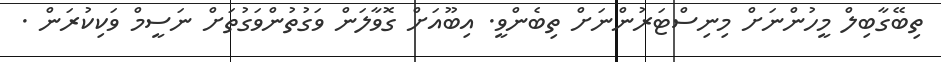
ތިބޭގާބިލް މީހުންނަށް މިނިސްޓަރުންނަށް ތިބެންވީ. އިބޫއަށް ގޮވާލަން ވަގުތުންވަގުތަށް ނަސީމް ވަކިކުރަން .